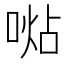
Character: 𠸞